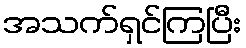
အသက်ရှင်ကြပြီး